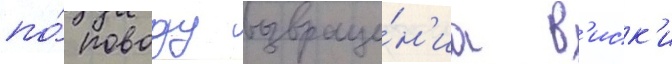
по́ поводу возвраще́н'иа в'иск'и